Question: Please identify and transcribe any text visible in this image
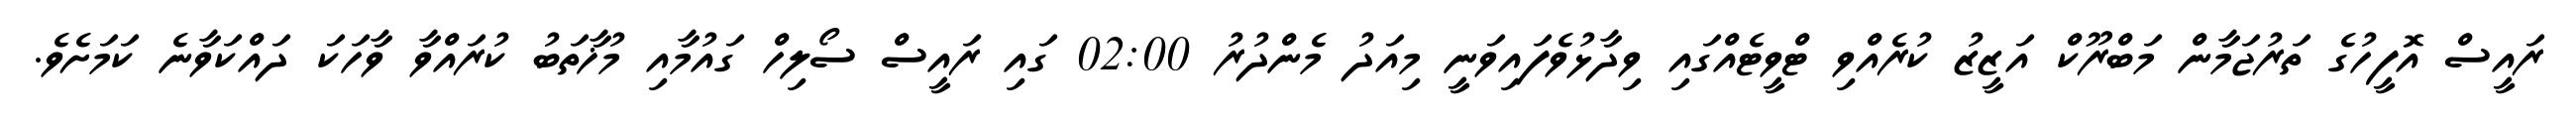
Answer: ރައީސް އޮފީހުގެ ތަރުޖަމާން މަބްރޫކް އަޒީޒު ކުރެއްވި ޓްވީޓެއްގައި ވިދާޅުވެފައިވަނީ މިއަދު މެންދުރު 02:00 ގައި ރައީސް ސޯލިހް ގައުމާއި މުޚާތަބު ކުރައްވާ ވާހަކަ ދައްކަވާނެ ކަމަށެވެ.